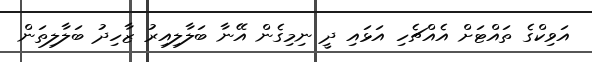
އަވިކްގެ ތައްޓަށް އެއްޗެހި އަޅައި ދީ ނިމިގެން އޭނާ ބަލާލިއިރު ޒާހިދު ބަލާލިތަން